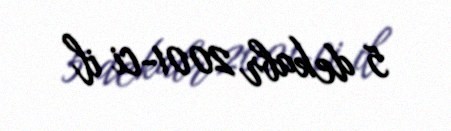
5 dekabr 2001-ci il